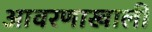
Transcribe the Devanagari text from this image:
आवरणाखाली